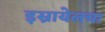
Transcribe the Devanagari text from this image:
इस्रायेलचा